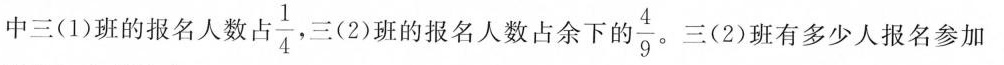
中三(1)班的报名人数占 \frac{1}{4} ，三(2)班的报名人数占余下的 \frac{4}{9} 三(2)班有多少人报名参加